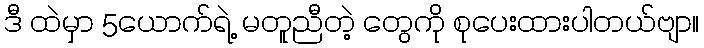
ဒီ ထဲမှာ 5ယောက်ရဲ့ မတူညီတဲ့ တွေကို စုပေးထားပါတယ်ဗျာ။